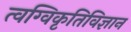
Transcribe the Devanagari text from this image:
त्वग्विकृतिविज्ञान